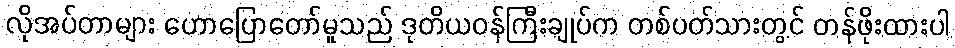
လိုအပ်တာများ ဟောပြောတော်မူသည် ဒုတိယဝန်ကြီးချုပ်က တစ်ပတ်သားတွင် တန်ဖိုးထားပါ